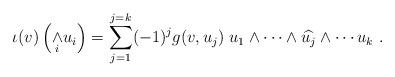
LaTeX: \begin{align*}\iota (v)\left( \underset{i}{\wedge }u_{i}\right)=\sum\limits_{j=1}^{j=k}(-1)^{j}g(v,u_{j})\;u_{1}\wedge \cdots \wedge \widehat{u_{j}}\wedge \cdots u_{k}~.\end{align*}